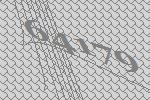
64179